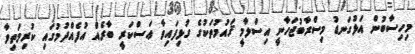
މިހިސާބުން އަޅުގަނޑު މިސްރާބުޖަހާނީ އިސްލާމީ ޤައުމުތަކުގެ ގުޅިފައިވާ ޢަސްކަރީ ބާރެއް އުފެއްދުމުގައި ކުރިމަތިވާ